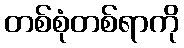
တစ်စုံတစ်ရာကို